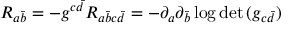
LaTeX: R _ { a { \bar { b } } } = - g ^ { c { \bar { d } } } R _ { a { \bar { b } } c { \bar { d } } } = - \partial _ { a } \partial _ { \bar { b } } \log { \operatorname * { d e t } { ( g _ { c { \bar { d } } } ) } }